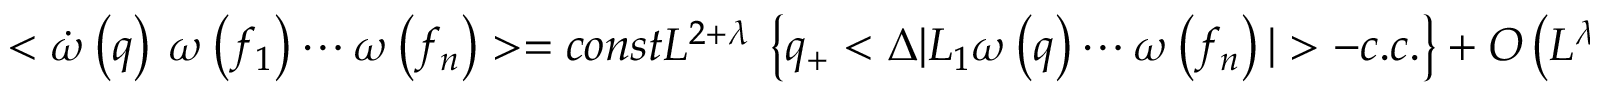
< \dot { \omega } \left( q \right) ~ \omega \left( f _ { 1 } \right) \cdots \omega \left( f _ { n } \right) > = c o n s t L ^ { 2 + \lambda } ~ \left\{ q _ { + } < \Delta | L _ { 1 } \omega \left( q \right) \cdots \omega \left( f _ { n } \right) | > - c . c . \right\} ~ + ~ O \left( L ^ { \lambda } \right)